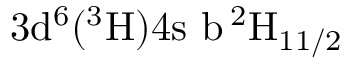
\mathrm { 3 d ^ { 6 } ( ^ { 3 } H ) 4 s \ b \, ^ { 2 } H _ { 1 1 / 2 } }